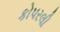
કોપરલી